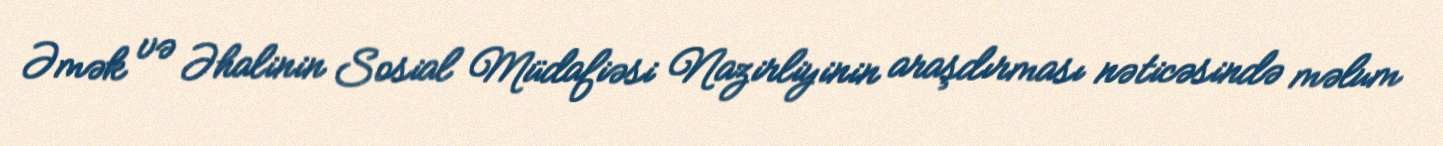
Əmək və Əhalinin Sosial Müdafiəsi Nazirliyinin araşdırması nəticəsində məlum